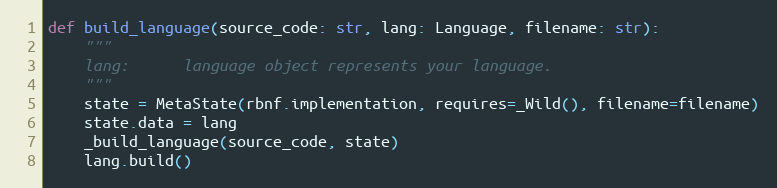
Language: Python
def build_language(source_code: str, lang: Language, filename: str):
    """
    lang:      language object represents your language.
    """
    state = MetaState(rbnf.implementation, requires=_Wild(), filename=filename)
    state.data = lang
    _build_language(source_code, state)
    lang.build()